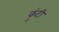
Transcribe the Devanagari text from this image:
कुंटी